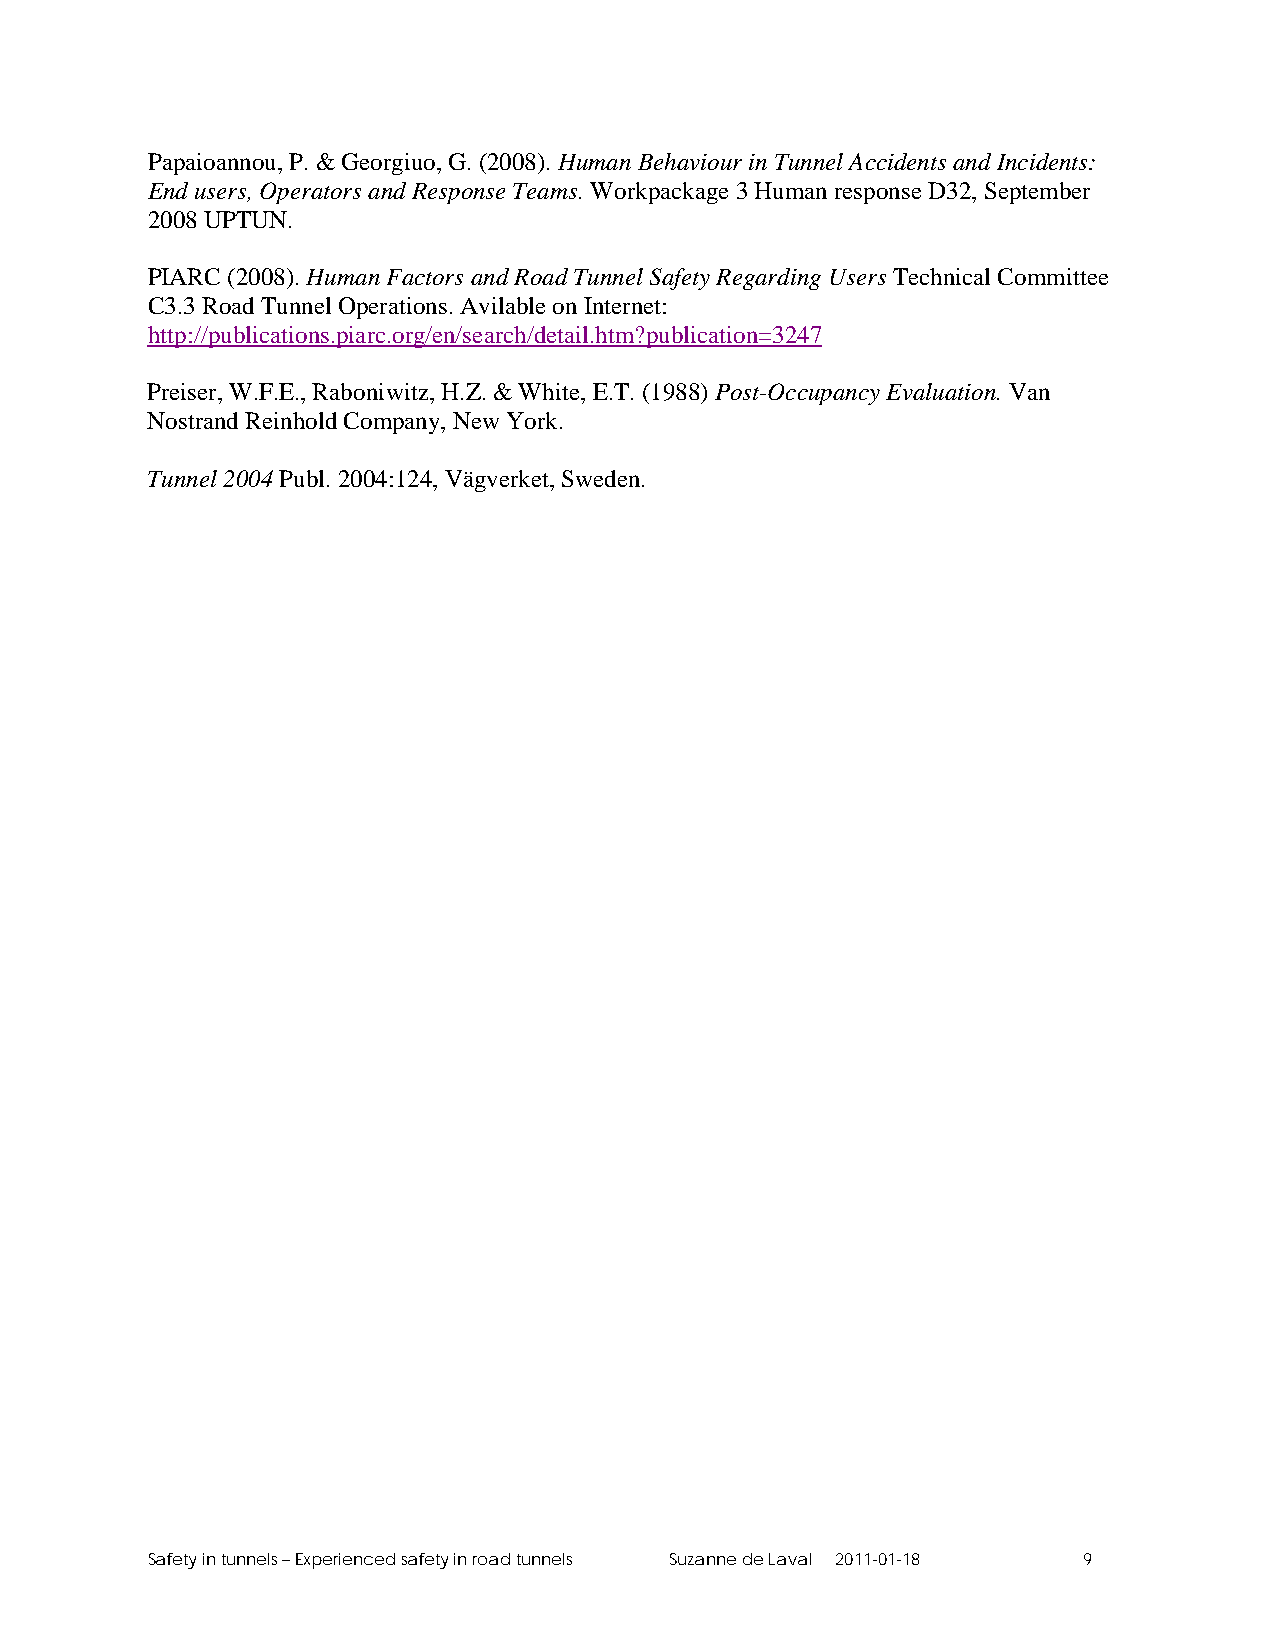
Papaioannou, P. & Georgiuo, G. (2008). Human Behaviour in Tunnel Accidents and Incidents:
 End users, Operators and Response Teams. Workpackage 3 Human response D32, September
 2008 UPTUN.
 PIARC (2008). Human Factors and Road Tunnel Safety Regarding Users Technical Committee
 C3.3 Road Tunnel Operations. Avilable on Internet:
 http://publications.piarc.org/en/search/detail.htm?publication=3247
 Preiser, W.F.E., Raboniwitz, H.Z. & White, E.T. (1988) Post-Occupancy Evaluation. Van
 Nostrand Reinhold Company, New York.
 Tunnel 2004 Publ. 2004:124, Vägverket, Sweden.
 Safety in tunnels – Experienced safety in road tunnels Suzanne de Laval 2011-01-18 9